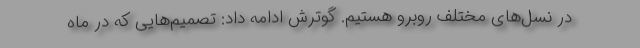
در نسل‌های مختلف روبرو هستیم. گوترش ادامه داد: تصمیم‌هایی که در ماه